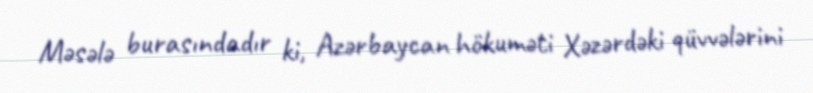
Məsələ burasındadır ki, Azərbaycan hökuməti Xəzərdəki qüvvələrini